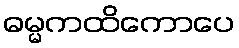
ဓမ္မကထိကောပေ